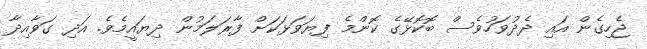
ޖެހިގެން އައި ދެދުވަހުވެސް ބޮކޮޅޭގެ ކޮންމެ ފިޔަވަޅަކަށް ފާރަލަމުން ދިޔައީމެވެ. އަދި ގަވާއިދާ